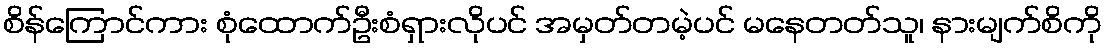
စိန်ကြောင်ကား စုံထောက်ဦးစံရှားလိုပင် အမှတ်တမဲ့ပင် မနေတတ်သူ၊ နားမျက်စိကို